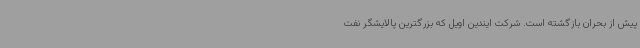
پیش از بحران بازگشته است. شرکت ایندین اویل که بزرگترین پالایشگر نفت